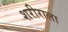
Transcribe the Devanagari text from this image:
शरीराला